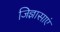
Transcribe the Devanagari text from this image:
जिज्ञासाएं